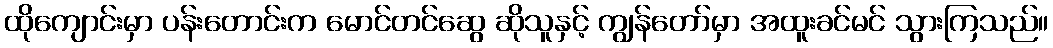
ထိုကျောင်းမှာ ပန်းတောင်းက မောင်တင်ဆွေ ဆိုသူနှင့် ကျွန်တော်မှာ အထူးခင်မင် သွားကြသည်။